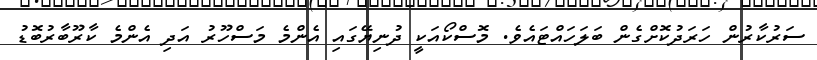
ސަރުކާރުން ހަރަދުކޮށްގެން ބަލަހައްޓައެވެ. މޮސްކޯއަކީ ދުނިޔޭގައި އެންމެ މަސްހޫރު އަދި އެންމެ ކާރޫބާރުބޮޑު